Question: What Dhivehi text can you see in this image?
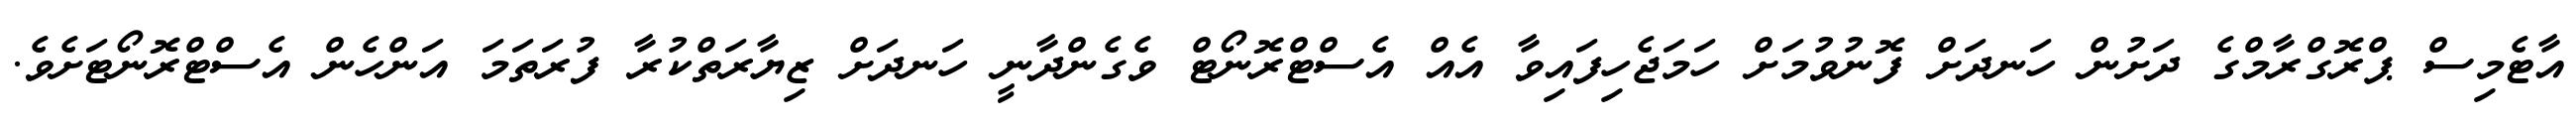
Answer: އާޓެމިސް ޕްރޮގްރާމްގެ ދަށުން ހަނދަށް ފޮނުވުމަށް ހަމަޖެހިފައިވާ އެއް އެސްޓްރޮނޯޓް ވެގެންދާނީ ހަނދަށް ޒިޔާރަތްކުރާ ފުރަތަމަ އަންހެން އެސްޓްރޮނޯޓަށެވެ.